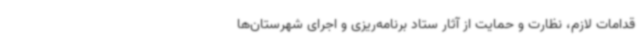
قدامات لازم، نظارت و حمایت از آثار ستاد برنامه‌ریزی و اجرای شهرستان‌ها